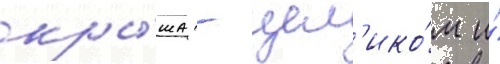
кры́ша - цел'ико́м и́